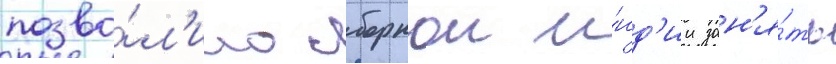
позво́л'ило сборнои и́нд'ии зан'я́ть